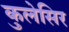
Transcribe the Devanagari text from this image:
कुलेसिर